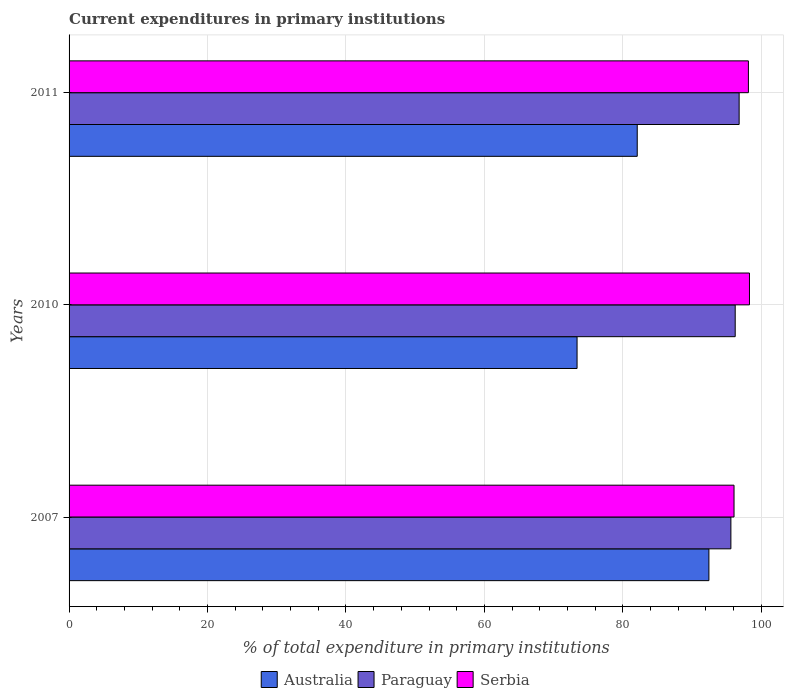
| Years | Australia | Paraguay | Serbia |
 | --- | --- | --- | --- |
 | 2007 | 92.4 | 95.6 | 96.1 |
 | 2010 | 73.4 | 96.2 | 98.3 |
 | 2011 | 82.1 | 96.8 | 98.1 |